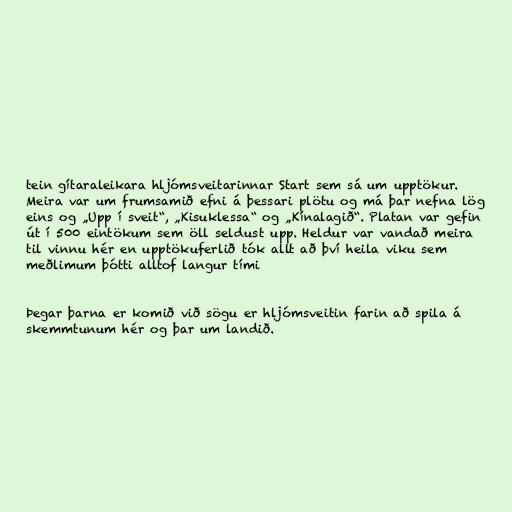
tein gítaraleikara hljómsveitarinnar Start sem sá um upptökur.
Meira var um frumsamið efni á þessari plötu og má þar nefna lög
eins og „Upp í sveit“, „Kisuklessa“ og „Kínalagið“. Platan var gefin
út í 500 eintökum sem öll seldust upp. Heldur var vandað meira
til vinnu hér en upptökuferlið tók allt að því heila viku sem
meðlimum þótti alltof langur tími

Þegar þarna er komið við sögu er hljómsveitin farin að spila á
skemmtunum hér og þar um landið.